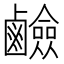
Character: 鹼